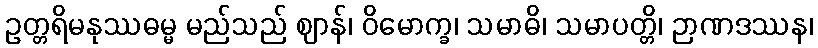
ဥတ္တရိမနုဿဓမ္မ မည်သည် ဈာန်၊ ဝိမောက္ခ၊ သမာဓိ၊ သမာပတ္တိ၊ ဉာဏဒဿန၊